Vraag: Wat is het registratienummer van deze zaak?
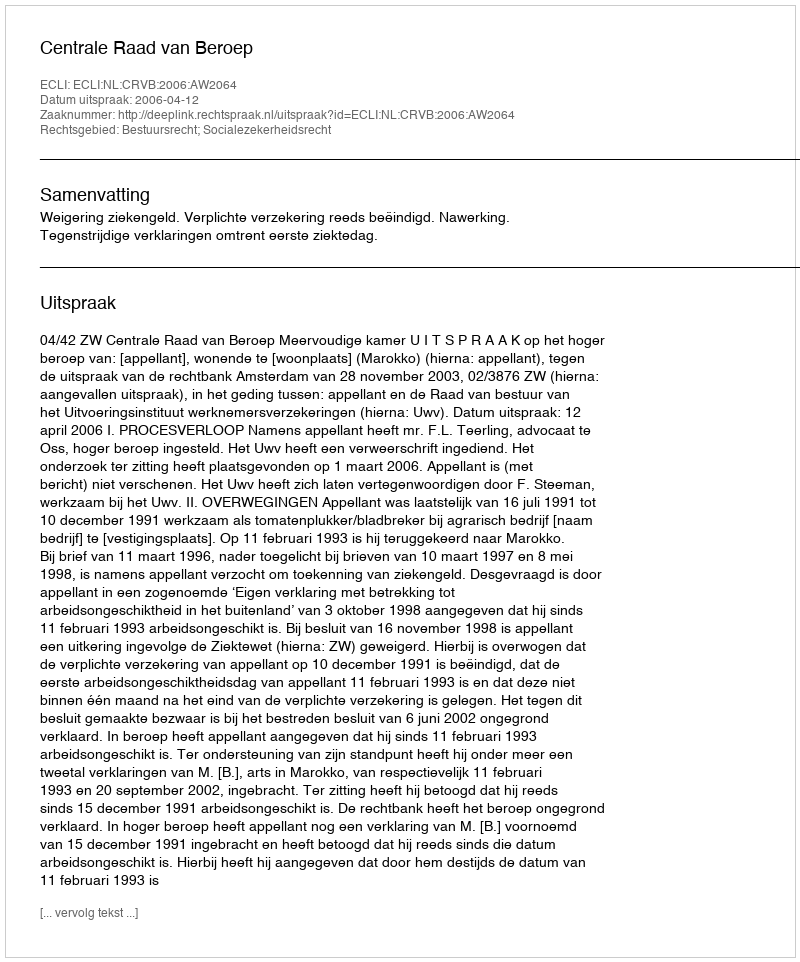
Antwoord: http://deeplink.rechtspraak.nl/uitspraak?id=ECLI:NL:CRVB:2006:AW2064